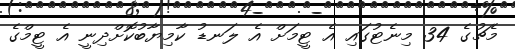
މެޗުގެ 34 މިނެޓުގައި އެ ޓީމަށް އެ ލަނޑު ކާމިޔާބުކޮށްދިނީ އެ ޓީމްގެ